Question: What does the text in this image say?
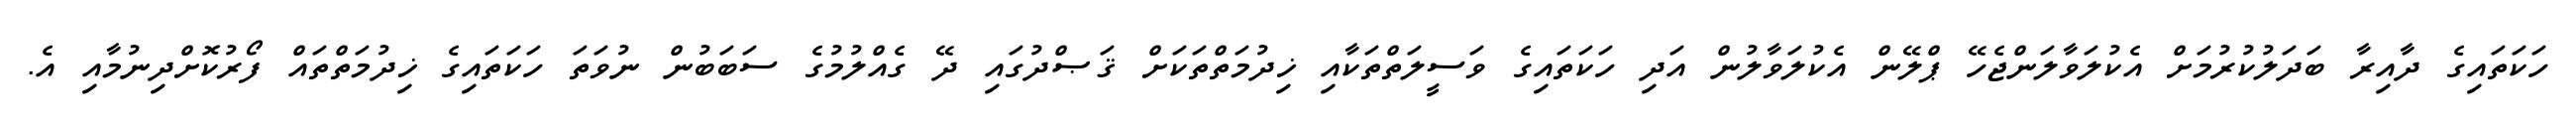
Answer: ހަކަތައިގެ ދާއިރާ ބަދަލުކުރުމަށް އެކުލަވާލަންޖެހޭ ޕްލޭން އެކުލަވާލުން އަދި ހަކަތައިގެ ވަސީލަތްތަކާއި ޚިދުމަތްތަކަށް ޤަޞްދުގައި ދޭ ގެއްލުމުގެ ސަބަބުން ނުވަތަ ހަކަތައިގެ ޚިދުމަތްތައް ފޯރުކޮށްދިނުމާއި އެ.